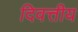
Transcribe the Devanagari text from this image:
दिवत्तीय